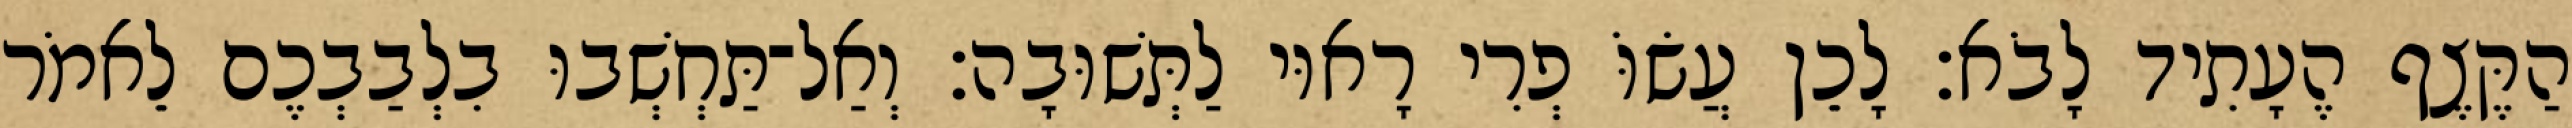
הַקֶּצֶף הֶעָתִיד לָבֹא׃ לָכֵן עֲשׂוֹּ פְרִי רָאוּי לַתְּשׁוּבָה׃ וְאַל־תַּחְשְׁבוּ בִלְבַבְכֶם לֵאמֹר